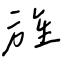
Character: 旌